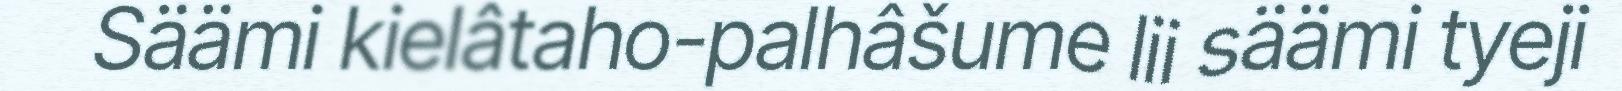
Säämi kielâtaho-palhâšume lii säämi tyeji